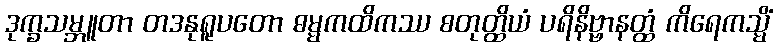
ဒုက္ခသမ္ဘူတာ တဒနုရူပတော ဓမ္မကထိကဿ စတုတ္ထိယံ ပရိနိဗ္ဗာနတ္ထံ ကိရေကသ္မိံ